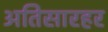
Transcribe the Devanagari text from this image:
अतिसारहर